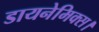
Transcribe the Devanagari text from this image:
डायनेमिक्स।